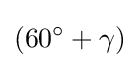
(60^{\circ }+\gamma )